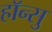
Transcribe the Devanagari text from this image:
हाॅन्सु